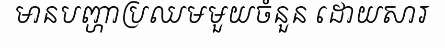
មានបញ្ហាប្រឈមមួយចំនួន ដោយសារ